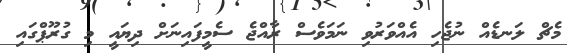
މެޗް ލަނޑެއް ނުޖެހި އެއްވަރުވި ނަމަވެސް ރާއްޖެ ސެމީފައިނަށް ދިޔައީ މި ގުރޫޕްގައި